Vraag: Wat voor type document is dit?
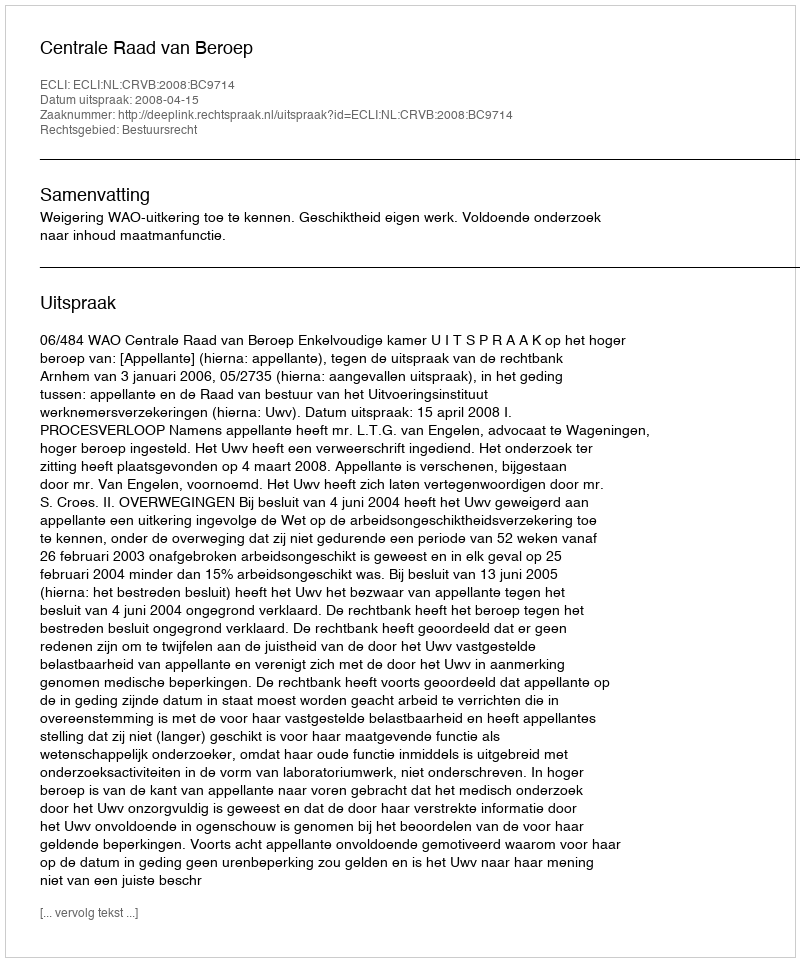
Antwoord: Uitspraak